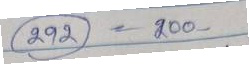
(292) = 200